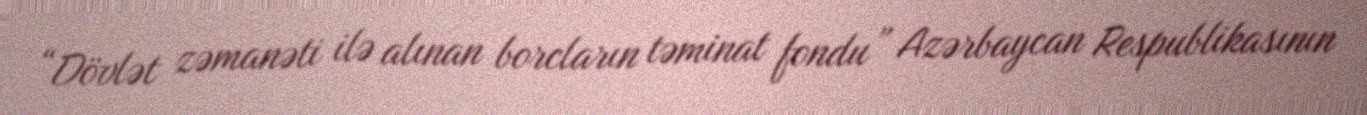
“Dövlət zəmanəti ilə alınan borcların təminat fondu” Azərbaycan Respublikasının